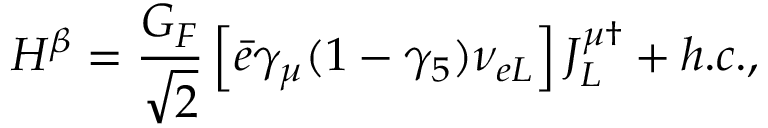
{ \cal H } ^ { \beta } = \frac { G _ { { F } } } { \sqrt { 2 } } \left[ \bar { e } \gamma _ { \mu } ( 1 - \gamma _ { 5 } ) \nu _ { { e L } } \right] J _ { L } ^ { \mu \dagger } + { h . c . } ,